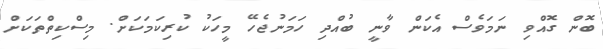
ބޮން ގޮއްވި ނަމަވެސް އެކަން ވާނީ ބުއްދި ހަމަނުޖެހޭ މީހަކު ކުރިކަމަކަށް. މިސްކިތްތަކަށް